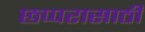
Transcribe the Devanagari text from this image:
छप्परासाठी